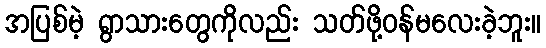
အပြစ်မဲ့ ရွာသားတွေကိုလည်း သတ်ဖို့ဝန်မလေးခဲ့ဘူး။